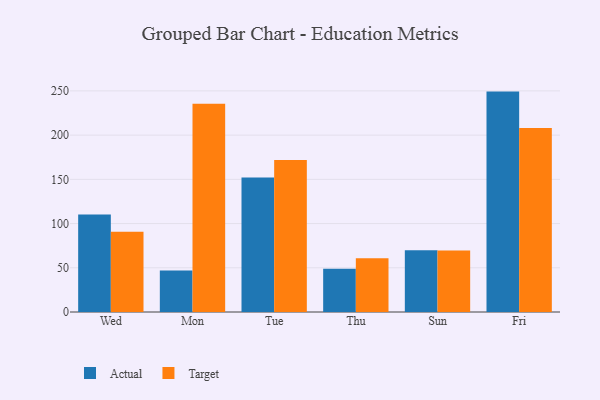
{"axis": {"x": "Day", "y": "Customer Acquisition Cost (USD)"}, "legend": ["Actual", "Target"], "data": [{"x": "Wed", "y": 110.2, "type": "Actual"}, {"x": "Wed", "y": 90.6, "type": "Target"}, {"x": "Mon", "y": 46.8, "type": "Actual"}, {"x": "Mon", "y": 235.4, "type": "Target"}, {"x": "Tue", "y": 152.1, "type": "Actual"}, {"x": "Tue", "y": 171.8, "type": "Target"}, {"x": "Thu", "y": 48.9, "type": "Actual"}, {"x": "Thu", "y": 60.8, "type": "Target"}, {"x": "Sun", "y": 69.8, "type": "Actual"}, {"x": "Sun", "y": 69.5, "type": "Target"}, {"x": "Fri", "y": 249.2, "type": "Actual"}, {"x": "Fri", "y": 208.0, "type": "Target"}]}